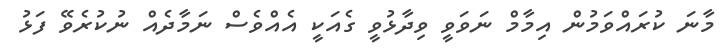
މާނަ ކުރައްވަމުން އިމާމް ނަވަވީ ވިދާޅުވީ ގެއަކީ އެއްވެސް ނަމާދެއް ނުކުރެވޭ ފަޅު